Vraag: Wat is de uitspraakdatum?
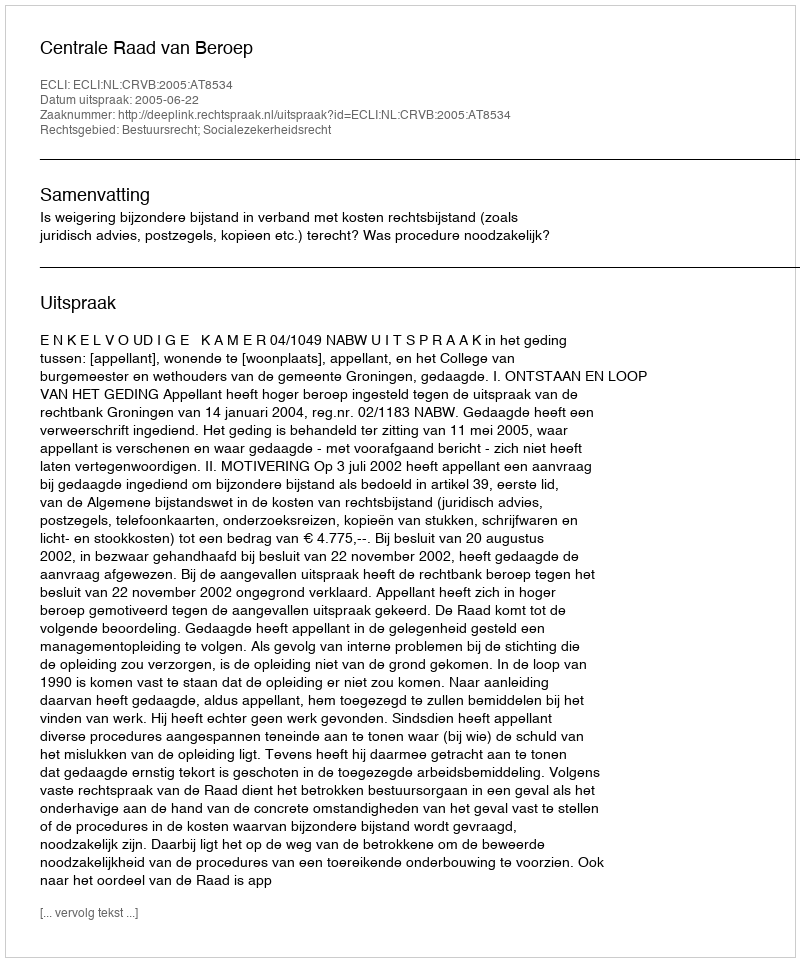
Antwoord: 2005-06-22